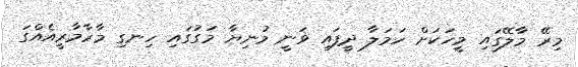
މިރޭ މާލޭގައި މީހަކަށް ހަމަލާ ދީފައި ވަނީ މުނިޔާ މަގުގައި ހިނގި މާރާމާރީއެއްގަ